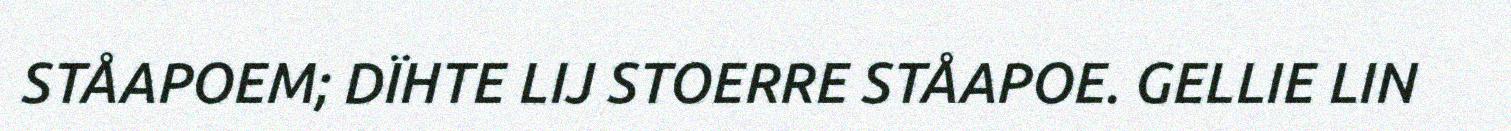
STÅAPOEM; DÏHTE LIJ STOERRE STÅAPOE. GELLIE LIN